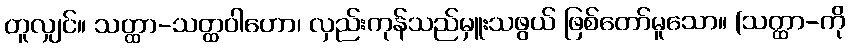
တူလျှင်။ သတ္ထာ-သတ္ထဝါဟော၊ လှည်းကုန်သည်မှူးသဖွယ် ဖြစ်တော်မူသော။ (သတ္ထာ-ကို